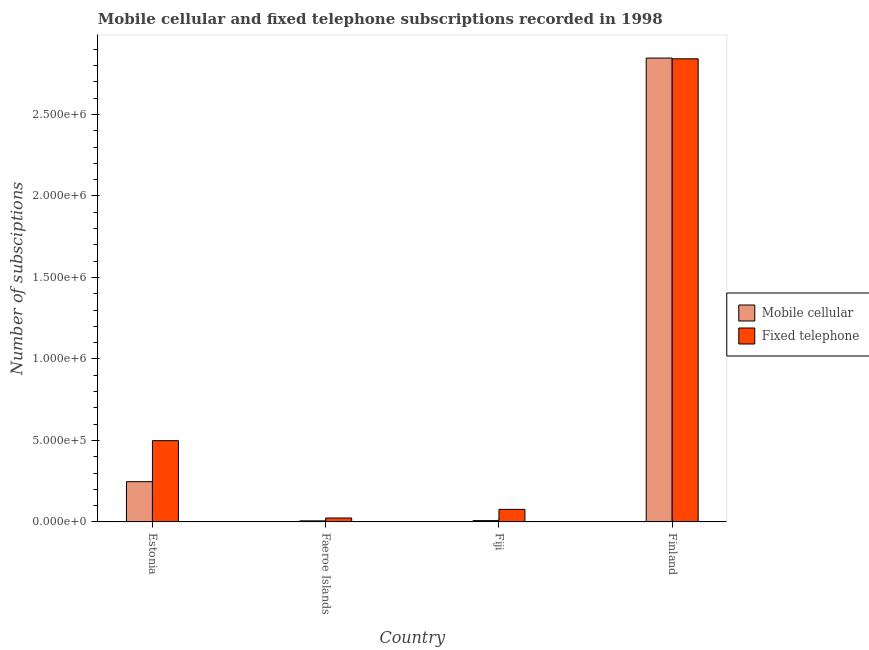
| Country | Mobile cellular | Fixed telephone |
 | --- | --- | --- |
 | Estonia | 2.47e+05 | 4.99e+05 |
 | Faeroe Islands | 6.52e+03 | 2.4e+04 |
 | Fiji | 8e+03 | 7.69e+04 |
 | Finland | 2.85e+06 | 2.84e+06 |